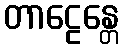
တာဠေန္တေ